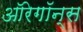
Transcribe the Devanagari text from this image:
ऑरेगॉन्स